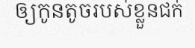
ឲ្យកូនតូចរបស់ខ្លួនជក់